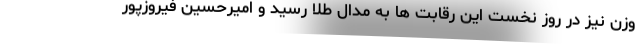
وزن نیز در روز نخست این رقابت ها به مدال طلا رسید و امیرحسین فیروزپور